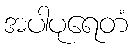
အပါပုရေတံ